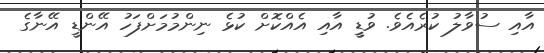
އާއި ސުވާލު ކުރެއެވެ. ވުޑީީ އާއި އެއްކޮށް ކުޅެ ނިންމުމަށްފަހު އޭންޑީ އޭނާގެ